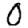
Digit: 0